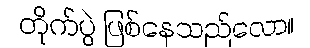
တိုက်ပွဲ ဖြစ်နေသည်လော။